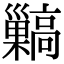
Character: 𩫥